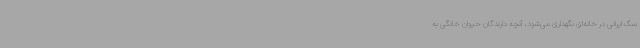
سگ ایرانی در خانه‌ای نگهداری می‌شود، آنچه دارندگان حیوان خانگی به